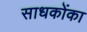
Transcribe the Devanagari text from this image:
साधकोंका